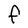
Character: F